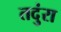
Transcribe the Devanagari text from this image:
तदुंरा